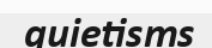
quietisms